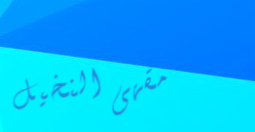
مقهى النخيل